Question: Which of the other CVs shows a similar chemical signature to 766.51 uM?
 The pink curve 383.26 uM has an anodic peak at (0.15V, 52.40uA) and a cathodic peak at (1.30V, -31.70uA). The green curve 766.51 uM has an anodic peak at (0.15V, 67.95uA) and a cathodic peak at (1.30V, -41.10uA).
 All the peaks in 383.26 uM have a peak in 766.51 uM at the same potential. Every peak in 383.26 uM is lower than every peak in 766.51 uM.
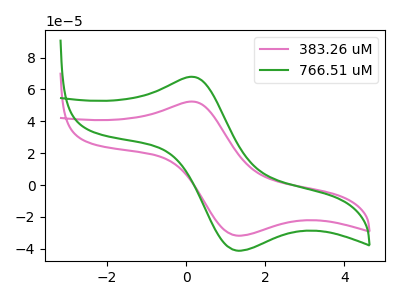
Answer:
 <answer>The CV with the most similar shape to "383.26 uM" is "766.51 uM".</answer>
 <eval>"766.51 uM"</eval>